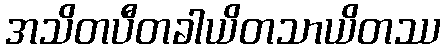
အသိတပီတခါယိတသာယိတဿ